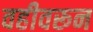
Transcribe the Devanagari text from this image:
वहीवरून